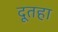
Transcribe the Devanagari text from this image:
दूतहा